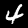
Label: 4